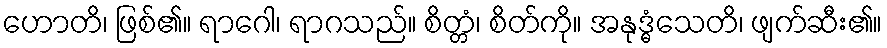
ဟောတိ၊ ဖြစ်၏။ ရာဂေါ၊ ရာဂသည်။ စိတ္တံ၊ စိတ်ကို။ အနုဒ္ဓံသေတိ၊ ဖျက်ဆီး၏။